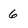
Character: 6